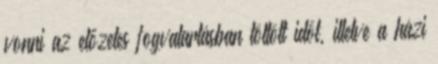
vonni az előzetes fogvatartásban töltött időt, illetve a házi